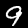
Digit: 9